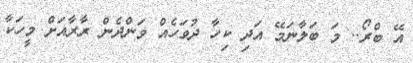
އޭ ބްރޯ.. މަ ބަލާނަމޭ އަދި ކިހާ ދުވަހެއް ވަންދެން ރާރާއަށް މީހަކާ